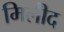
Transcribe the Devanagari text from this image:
मिलीँद